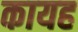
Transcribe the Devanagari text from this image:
कायह